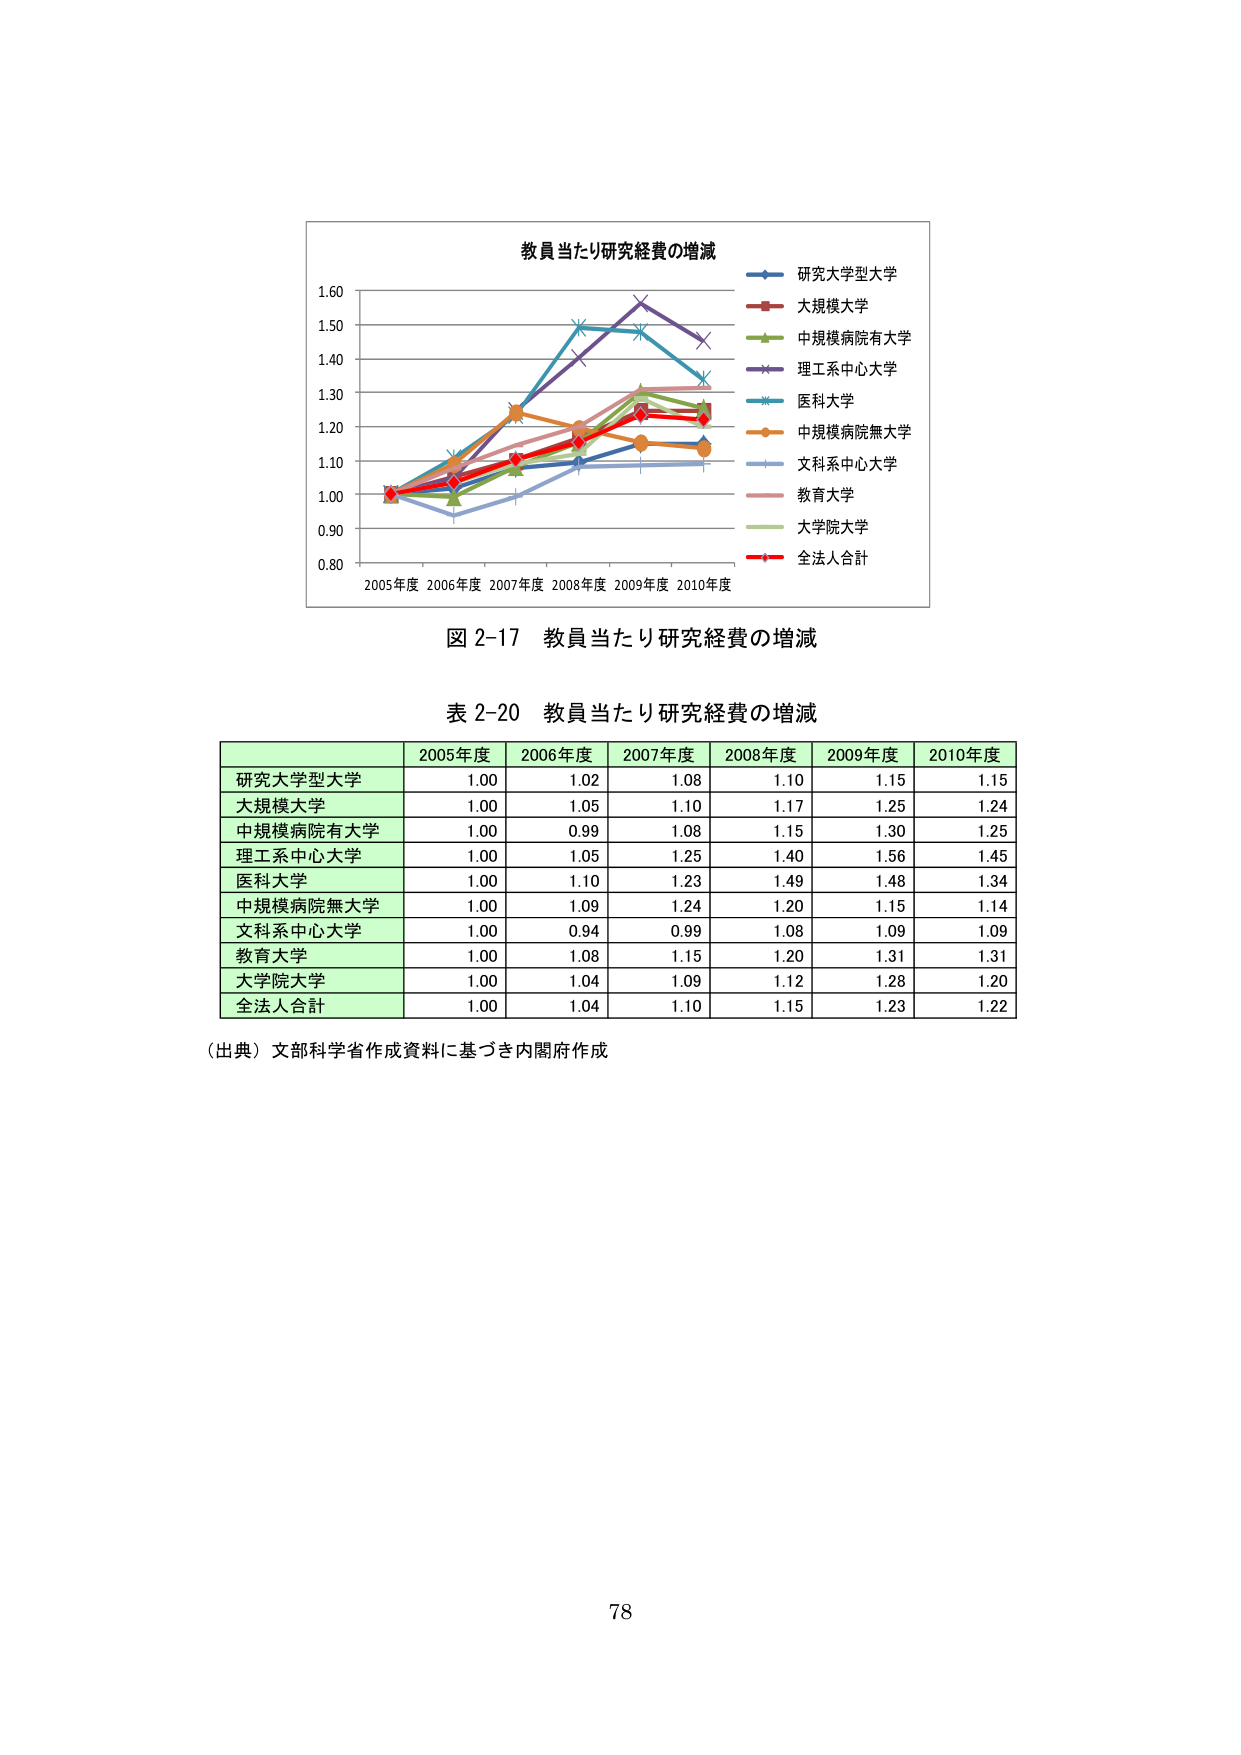
教員当たり研究経費の増減
研究大学型大学
大規模大学
中規模病院有大学
理工系中心大学
医科大学
中規模病院無大学
文科系中心大学
教育大学
大学院大学
全法人合計
2005年度 2006年度 2007年度 2008年度 2009年度 2010年度
0.80
0.90
1.00
1.10
1.20
1.30
1.40
1.50
1.60
図 2-17 教員当たり研究経費の増減
表 2-20 教員当たり研究経費の増減
2005年度 2006年度 2007年度 2008年度 2009年度 2010年度
研究大学型大学 1.00 1.02 1.08 1.10 1.15 1.15
大規模大学 1.00 1.05 1.10 1.17 1.25 1.24
中規模病院有大学 1.00 0.99 1.08 1.15 1.30 1.25
理工系中心大学 1.00 1.05 1.25 1.40 1.56 1.45
医科大学 1.00 1.10 1.23 1.49 1.48 1.34
中規模病院無大学 1.00 1.09 1.24 1.20 1.15 1.14
文科系中心大学 1.00 0.94 0.99 1.08 1.09 1.09
教育大学 1.00 1.08 1.15 1.20 1.31 1.31
大学院大学 1.00 1.04 1.09 1.12 1.28 1.20
全法人合計 1.00 1.04 1.10 1.15 1.23 1.22
（出典）文部科学省作成資料に基づき内閣府作成
78